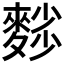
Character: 𪍉